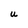
Character: U